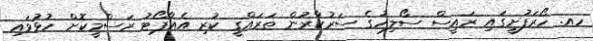
ހއ. ހޯރަފުށީގައި ރައީސް ސޯލިހުގެ ސަރުކާރުން ތަރައްގީ ކުރި އެއާޕޯޓު ރަސްމީކޮށް ހުޅުވައި